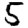
Digit: 5